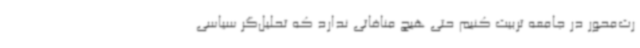
رت‌محور در جامعه تربیت کنیم حتی هیچ منافاتی ندارد که تحلیل‌گر سیاسی